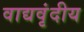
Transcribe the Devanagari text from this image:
वाद्यवृंदीय